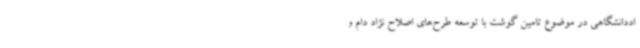
اددانشگاهی در موضوع تامین گوشت با توسعه طرح‌های اصلاح نژاد دام و